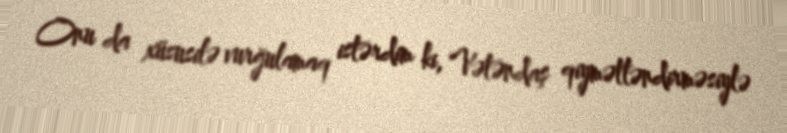
Onu da xüsusilə vurğulamaq istərdim ki, Vətəndaş qiymətləndirməsiylə